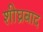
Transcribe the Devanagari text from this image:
शीघ्रबाद